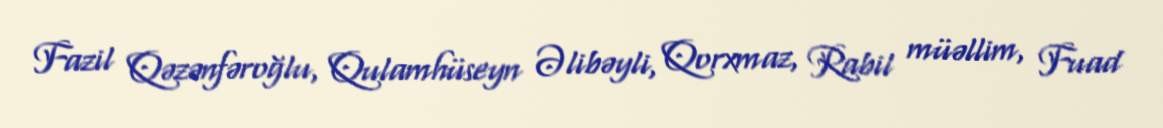
Fazil Qəzənfəroğlu, Qulamhüseyn Əlibəyli, Qorxmaz, Rabil müəllim, Fuad